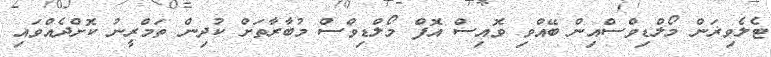
ޓެލެވިޜަން މޯލްޑިވްސްއިން ބޭއްވި ވޮއިސް އޮފް މޯލްޑިވްސް މުބާރާތަށް ކުދިން ތަމްރީނު ކޮށްދެއްވައި